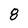
Character: 8